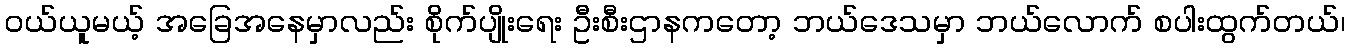
ဝယ်ယူမယ့် အခြေအနေမှာလည်း စိုက်ပျိုးရေး ဦးစီးဌာနကတော့ ဘယ်ဒေသမှာ ဘယ်လောက် စပါးထွက်တယ်၊